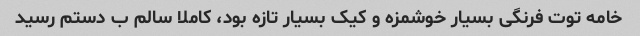
خامه توت فرنگی بسیار خوشمزه و کیک بسیار تازه بود، کاملا سالم ب دستم رسید